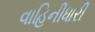
વાહિનીધારી